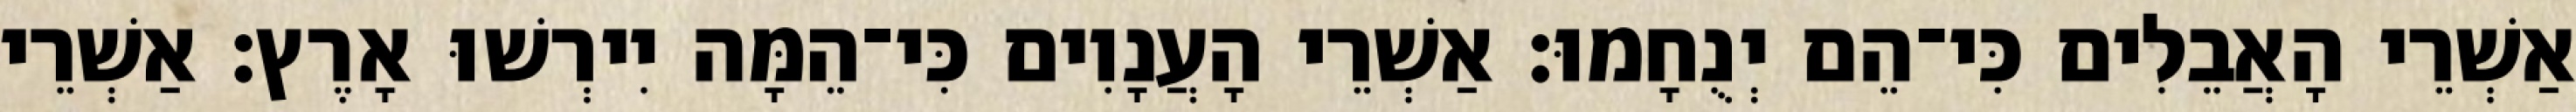
אַשְׁרֵי הָאֲבֵלִים כִּי־הֵם יְנֻחָמוּ׃ אַשְׁרֵי הָעֲנָוִים כִּי־הֵמָּה יִירְשׁוּ אָרֶץ׃ אַשְׁרֵי